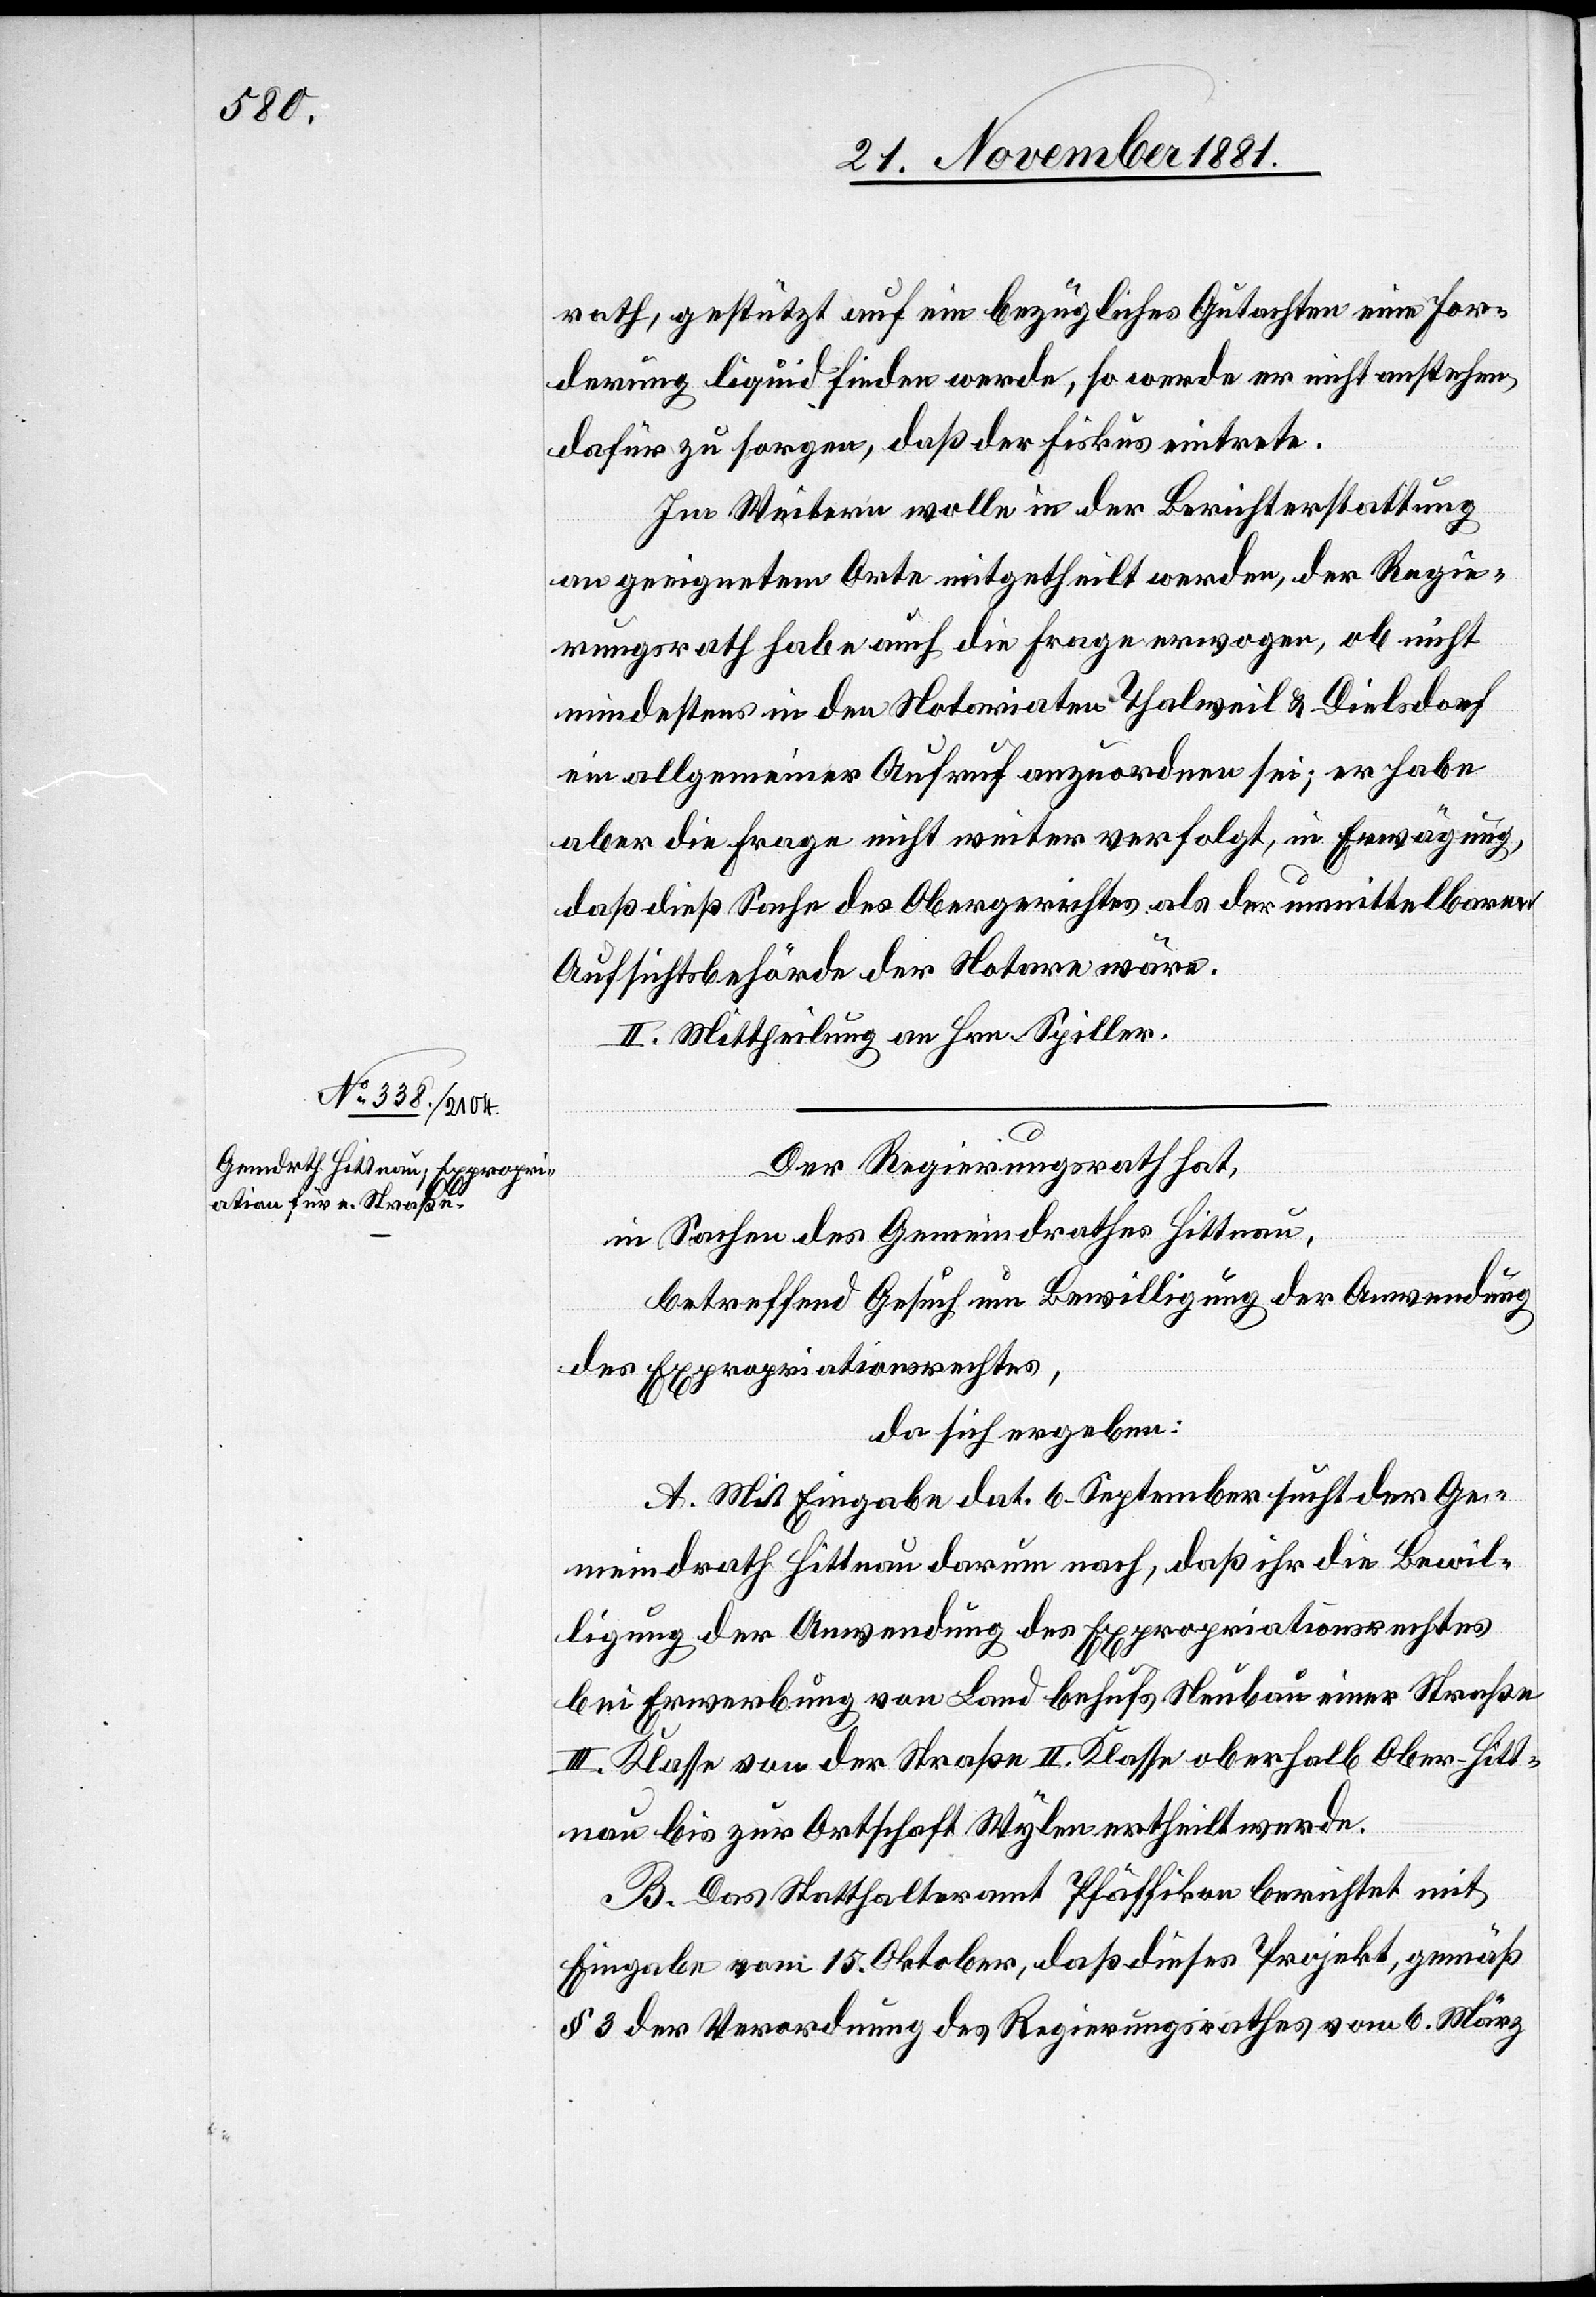
rath, gestützt auf ein bezügliches Gutachten eine For¬
derung liquid finden werde, so werde er nicht anstehen,
dafür zu sorgen, daß der Fiskus eintrete.
Im Weitern wolle in der Berichterstattung
an geeignetem Orte mitgetheilt werden, der Regie¬
rungsrath habe auch die Frage erwogen, ob nicht
mindestens in den Notariaten Thalweil & Dielsdorf
ein allgemeiner Aufruf anzuordnen sei; er habe
aber die Frage nicht weiter verfolgt, in Erwägung,
daß dieß Sache des Obergerichtes als der unmittelbaren
Aufsichtsbehörde der Notare wäre.
II. Mittheilung an Hrn. Spiller
Der Regierungsrath hat,
in Sachen des Gemeindrathes Hittnau,
betreffend Gesuch um Bewilligung der Anwendung
des Expropriationsrechtes,
da sich ergeben:
A. Mit Eingabe dat. 6. September sucht der Ge¬
meindrath Hittnau darum nach, daß ihr [sic!] die Bewil¬
ligung der Anwendung des Expropriationsrechtes
bei Erwerbung von Land behufs Neubau einer Straße
III. Klasse von der Straße II. Klasse oberhalb Ober-Hitt¬
nau bis zur Ortschaft Wylen ertheilt werde.
B. Das Statthalteramt Pfäffikon berichtet mit
Eingabe vom 15. Oktober, daß dieses Projekt, gemäß
§ 3 der Verordnung des Regierungsrathes vom 6. März